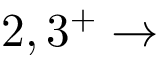
2 , 3 ^ { + } \rightarrow